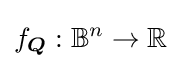
f_{\boldsymbol {Q}}:\mathbb {B} ^{n}\rightarrow \mathbb {R}